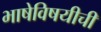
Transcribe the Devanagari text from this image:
भाषेविषयीची